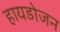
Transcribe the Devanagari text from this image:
हायडोजन